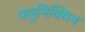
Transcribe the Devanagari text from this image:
फ्लुनिक्सिन